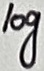
Text: log